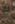
و